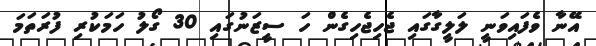
އޭނާ ވެފައިވަނީ ލަލީގާގައި ޖެހިޖެހިގެން ހަ ސީޒަނުގައި 30 ގޯލު ހަމަކުރި ފުރަތަމަ